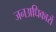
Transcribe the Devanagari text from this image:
जनअधिकारों